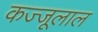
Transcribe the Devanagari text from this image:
कज्‍जूलाल